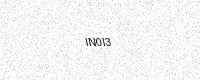
Text: IN0I3